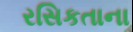
રસિકતાના